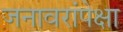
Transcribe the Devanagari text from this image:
जनावरांपेक्षा